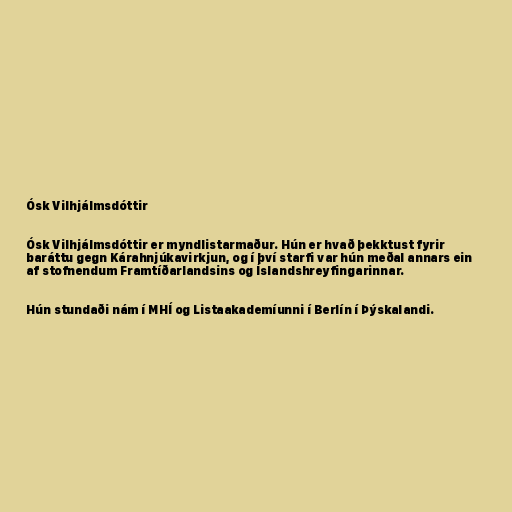
Ósk Vilhjálmsdóttir

Ósk Vilhjálmsdóttir er myndlistarmaður. Hún er hvað þekktust fyrir
baráttu gegn Kárahnjúkavirkjun, og í því starfi var hún meðal annars ein
af stofnendum Framtíðarlandsins og Íslandshreyfingarinnar.

Hún stundaði nám í MHÍ og Listaakademíunni í Berlín í Þýskalandi.